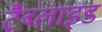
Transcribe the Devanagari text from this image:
टैब्लाइड